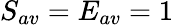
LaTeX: S_{av}=E_{av}=1